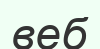
веб